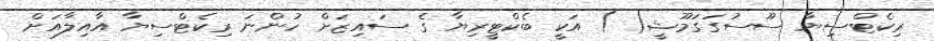
ރިކެޓްސިޔާ ސޫސުގަގަމޫޝީ( ) އަކީ ބެކްޓީރިޔާ ގެ ސައިޒަށް ހުންނަ ރިކެޓްސިޔާ އާއިލާއަށް